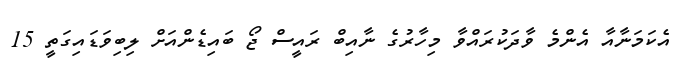
އެކަމަނާއާ އެންމެ ވާދަކުރައްވާ މިހާރުގެ ނާއިބް ރައީސް ޖޯ ބައިޑެންއަށް ލިބިވަޑައިގަތީ 15